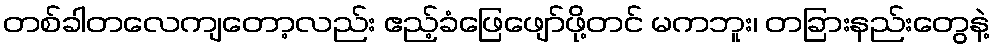
တစ်ခါတလေကျတော့လည်း ဧည့်ခံဖြေဖျော်ဖို့တင် မကဘူး၊ တခြားနည်းတွေနဲ့